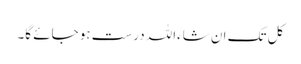
کل تک ان شاءاللہ درست ہو جائے گا۔